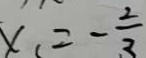
x _ { 1 } = - \frac { 2 } { 3 }